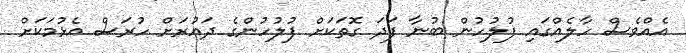
އެއްވެސް ހާލެއްގައި ފުލުހުން ބުނާ ފަދަ ގޮތަކަށް ފުލުހުންގެ ދައުރަށް ހުރަސް އެޅުމަކަށް